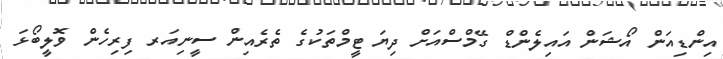
އިންޑިއަން އޯޝަން އައިލެންޑް ގޭމްސްއަށް ދިޔަ ޓީމްތަކުގެ ތެރެއިން ސީނިއަރ ފިރިހެން ވޮލީބޯޅަ